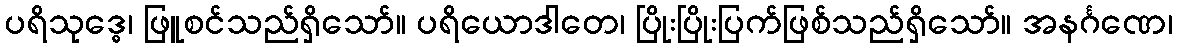
ပရိသုဒ္ဓေ၊ ဖြူစင်သည်ရှိသော်။ ပရိယောဒါတေ၊ ပြိုးပြိုးပြက်ဖြစ်သည်ရှိသော်။ အနင်္ဂဏေ၊